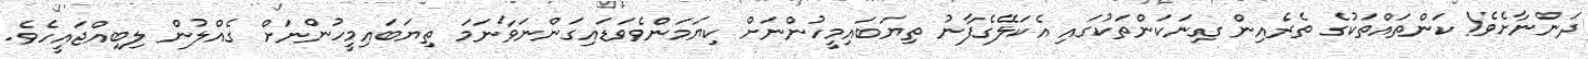
ދަންނާށެވެ! ކަންތައްތަކުގެ ތެރެއިން ގިނަކަންތަކުގައި އެކަލޭގެފާނު ތިޔަބައިމީހުންނަށް ކިޔަމަންވެވަޑައިގަންނަވާނަމަ ތިޔަބައިމީހުންނަށް ގެއްލުން ލިބިއްޖައީހެވެ.